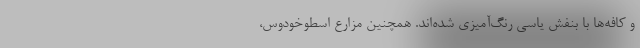
و کافه‌ها با بنفش یاسی رنگ‌آمیزی شده‌اند. همچنین مزارع اسطوخودوس،